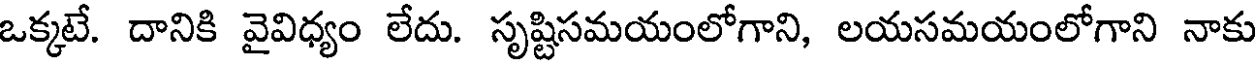
ఒక్కటే. దానికి వైవిధ్యం లేదు. సృష్టిసమయంలోగాని, లయసమయంలోగాని నాకు